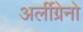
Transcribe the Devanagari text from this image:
अर्लीग्रेनो